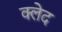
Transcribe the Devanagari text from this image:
क्‍लेद